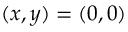
( x , y ) = ( 0 , 0 )